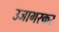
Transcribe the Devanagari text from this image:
उजागरकर